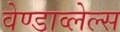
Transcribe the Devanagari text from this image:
वेण्डाव्लेल्स